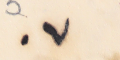
٠٧